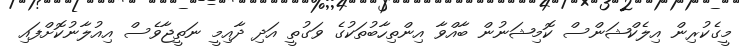
މީގެކުރިން އިލެކްޝަންސް ކޮމިޝަނުން ބާއްވާ އިންތިހާބުތަކުގެ ވަގުތީ އަދި ދާއިމީ ނަތީޖާވެސް އިއުލާނުކޮށްފައި